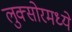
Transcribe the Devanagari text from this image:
लुक्सोरमध्ये